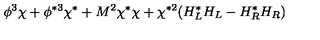
\phi ^ { 3 } \chi + \phi ^ { * 3 } \chi ^ { * } + M ^ { 2 } \chi ^ { * } \chi + \chi ^ { * 2 } ( H _ { L } ^ { * } H _ { L } - H _ { R } ^ { * } H _ { R } )